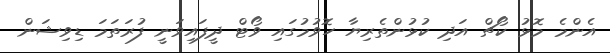
އެންމެ މޮޅު ކޯޗް އަދި ކުޅުންތެރިޔާ ހޮވުމުގައި ވޯޓް ދީފައިވަނީ ފުރަތަމަ ޑިވިޝަން